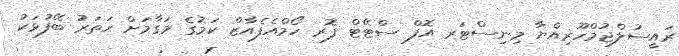
ރައީސުލްޖުމްހޫރިއްޔާ މިނިސްޓަރ އޮފް ސްޓޭޓް ފޮރ ހޯމްއެފެއާޒް ކަމުގެ މަގާމަށް ހަތަރު ބޭފުޅަކު